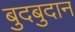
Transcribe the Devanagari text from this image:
बुदबुदान